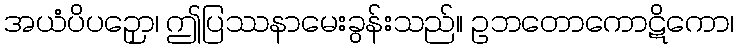
အယံပိပဉှော၊ ဤပြဿနာမေးခွန်းသည်။ ဥဘတောကောဋိကော၊